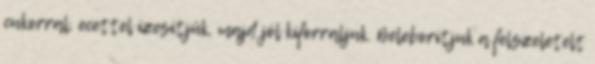
cukorral, ecettel ízesítjük, majd jól kiforraljuk. Beleborítjuk a felszeletelt